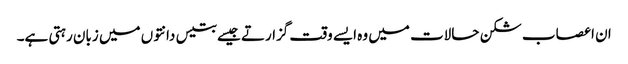
ان اعصاب شکن حالات میں وہ ایسے وقت گزارتے جیسے بتیس دانتوں میں زبان رہتی ہے۔